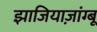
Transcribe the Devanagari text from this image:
झाजियाज़ांग्बू